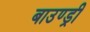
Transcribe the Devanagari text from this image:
बाउण्ड्री